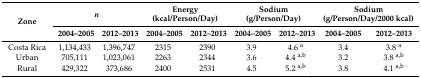
<table><thead><tr><td rowspan="2"><b>Zone</b></td><td colspan="2"><b><i>n</i></b></td><td colspan="2"><b>Energy (kcal/Person/Day)</b></td><td colspan="2"><b>Sodium (g/Person/Day)</b></td><td colspan="2"><b>Sodium (g/Person/Day/2000 kcal)</b></td></tr><tr><td><b>2004–2005</b></td><td><b>2012–2013</b></td><td><b>2004–2005</b></td><td><b>2012–2013</b></td><td><b>2004–2005</b></td><td><b>2012–2013</b></td><td><b>2004–2005</b></td><td><b>2012–2013</b></td></tr></thead><tbody><tr><td>Costa Rica</td><td>1,134,433</td><td>1,396,747</td><td>2315</td><td>2390</td><td>3.9</td><td>4.6 <sup>a</sup></td><td>3.4</td><td>3.8 <sup>a</sup></td></tr><tr><td>Urban</td><td>705,111</td><td>1,023,061</td><td>2263</td><td>2344</td><td>3.6</td><td>4.4 <sup>a,b</sup></td><td>3.2</td><td>3.8 <sup>a,b</sup></td></tr><tr><td>Rural</td><td>429,322</td><td>373,686</td><td>2400</td><td>2531</td><td>4.5</td><td>5.2 <sup>a,b</sup></td><td>3.8</td><td>4.1 <sup>a,b</sup></td></tr></tbody></table>